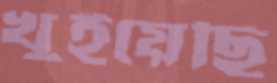
খুইয়েছি